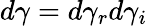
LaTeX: d\gamma=d\gamma_{r}d\gamma_{i}